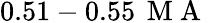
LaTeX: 0.51-0.55\, \mathrm{~M~A~}